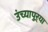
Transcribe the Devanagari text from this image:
उंच्यापुऱ्या